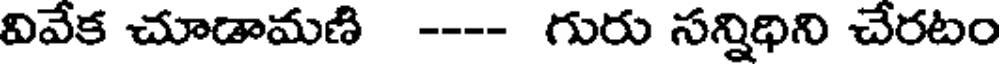
వివేక చూడామణి ---- గురు సన్నిధిని చేరటం